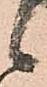
候